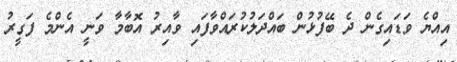
އިއްޔެ ވަޑައިގެން ދެ ބޭފުޅުން ބައްދަލުކުރައްވާފައި ވާއިރު އޮބާމާ ވަނީ އެންމެ ފަގީރު